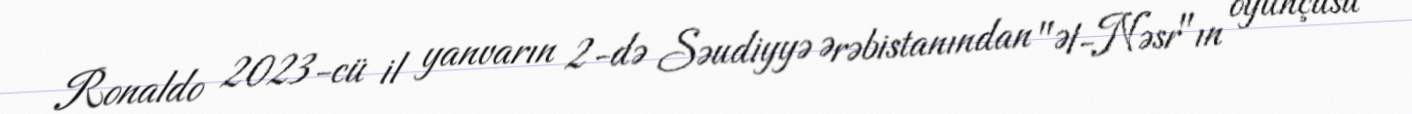
Ronaldo 2023-cü il yanvarın 2-də Səudiyyə Ərəbistanından "Əl-Nəsr"ın oyunçusu